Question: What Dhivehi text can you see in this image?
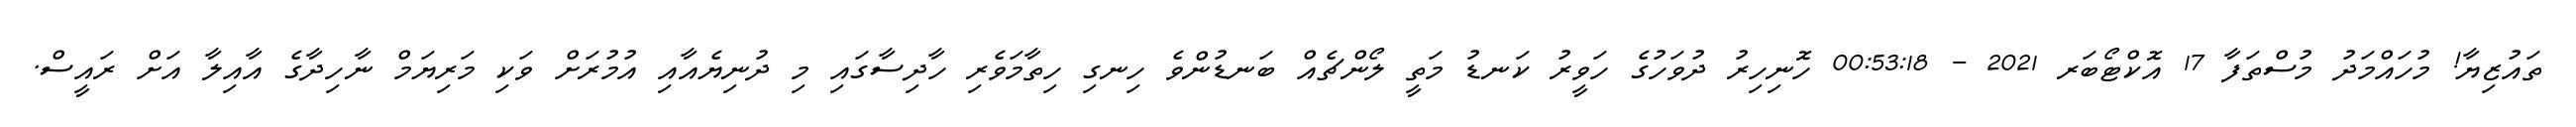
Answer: ތައުޒިޔާ! މުހައްމަދު މުސްތަފާ 17 އޮކްޓޯބަރ 2021 - 00:53:18 ހޮނިހިރު ދުވަހުގެ ހަވީރު ކަނޑު މަތީ ލޯންޗެއް ބަނޑުންވެ ހިނގި ހިތާމަވެރި ހާދިސާގައި މި ދުނިޔެއާއި އުމުރަށް ވަކި މަރިޔަމް ނާހިދާގެ އާއިލާ އަށް ރައީސް.